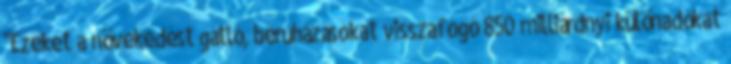
"Ezeket a növekedést gátló, beruházásokat visszafogó 850 milliárdnyi különadókat